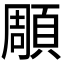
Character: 𮨒